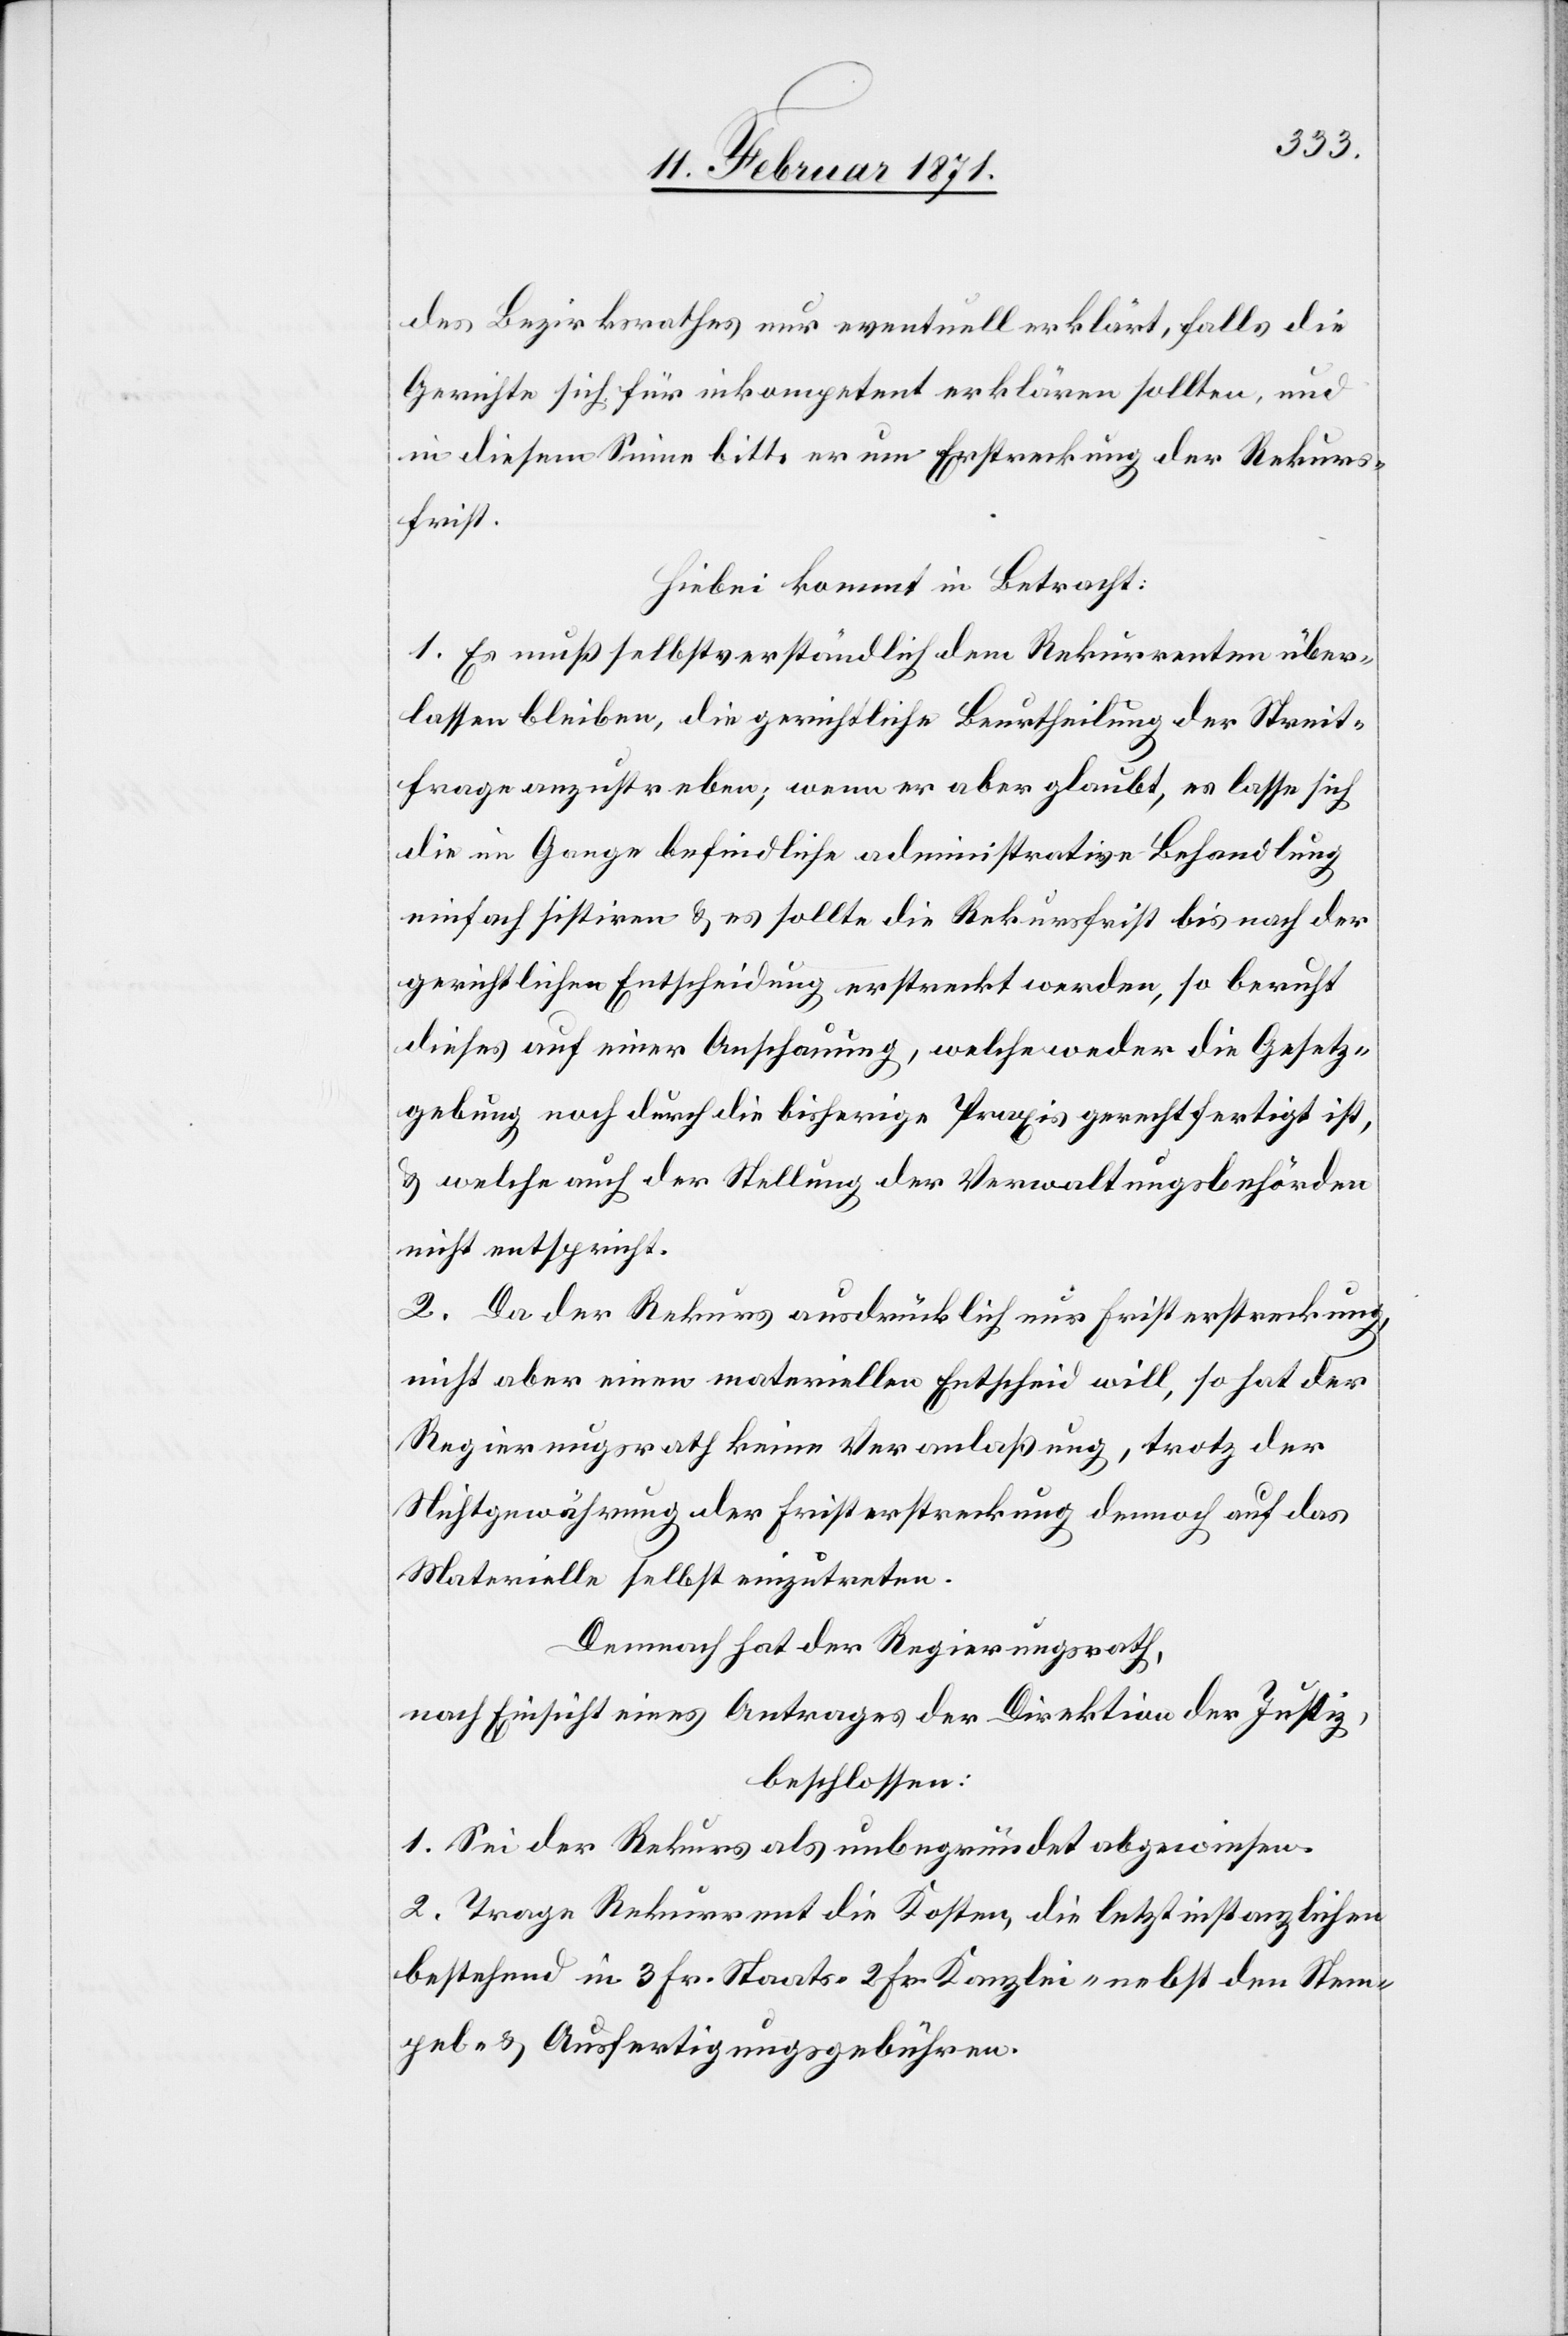
des Bezirksrathes nur eventuelle erklärt, falls die
Gerichte sich für inkompetent erklären sollten, und
in diesem Sinne bitte er um Erstreckung der Rekurs¬
frist.
Hiebei kommt in Betracht:
1. Es muß selbstverständlich dem Rekurrenten über¬
lassen bleiben, die gerichtliche Beurtheilung der Streit¬
frage anzustreben; wenn er aber glaubt, es lasse sich
die im Gange befindliche administrative Behandlung
einfach sistiren u. es sollte die Rekursfrist bis nach der
gerichtlichen Entscheidung erstreckt werden, so beruft
dieses auf einer Anschauung, welche weder die Gesetz¬
gebung noch durch die bisherige Praxis gerechtfertigt ist,
u. welche auch der Stellung der Verwaltungsbehörden
nicht entspricht.
2. Da der Rekurs ausdrücklich nur Fristerstreckung,
nicht aber einen materiellen Entscheid will, so hat der
Regierungsrath keine Veranlaßung, trotz der
Nichtgewährung der Fristerstreckung dennoch auf das
Materielle selbst einzutreten.
Demnach hat der Regierungsrath,
nach Einsicht eines Antrages der Direktion der Justiz,
beschlossen:
1. Sei der Rekurs als unbegründet abgewiesen.
2. Trage der Rekurrent die Kosten, die letztinstanzlichen
bestehend in 3 Fr. Staats-[,] 2 Fr. Kanzlei-[,] nebst den Stem¬
pel- u. Ausfertigungsgebühren.